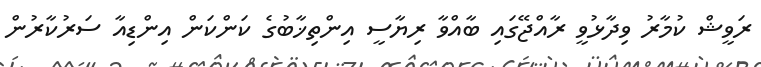
ރަވީޝް ކުމާރު ވިދާޅުވީ ރާއްޖޭގައި ބާއްވާ ރިޔާސީ އިންތިޚާބުގެ ކަންކަން އިންޑިއާ ސަރުކާރުން